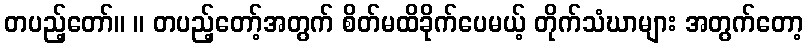
တပည့်တော်။ ။ တပည့်တော့်အတွက် စိတ်မထိခိုက်ပေမယ့် တိုက်သံဃာများ အတွက်တော့